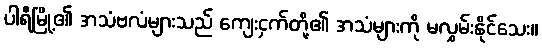
ပါရီမြို့၏ အသံဗလံများသည် ကျေးငှက်တို့၏ အသံများကို မလွှမ်းနိုင်သေး။